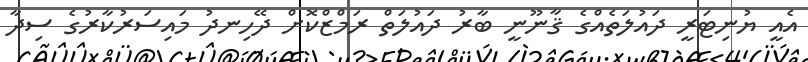
އެއީ ޔުނިޓަރީ ދައުލަތެއްގެ ޤާނޫނީ ބާރު ދައުލަތް ރަމްޒްކޮށް ދޭހިނދު މައިސަރުކާރުގެ ސިދާ